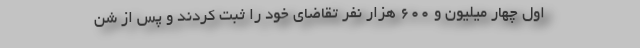
اول چهار میلیون و ۶۰۰ هزار نفر تقاضای خود را ثبت کردند و پس از شن